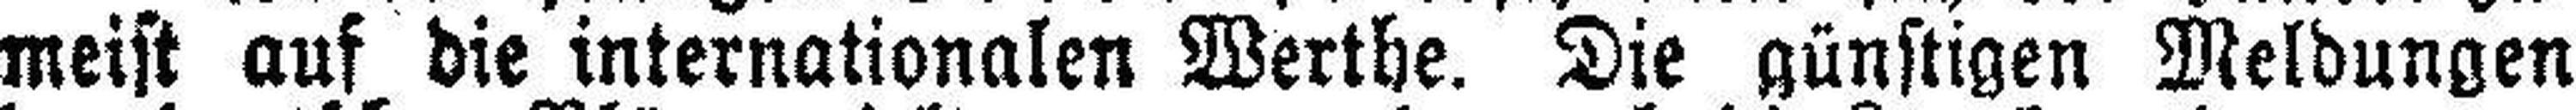
meist auf die internationalen Werthe. Die günstigen Meldungen